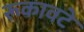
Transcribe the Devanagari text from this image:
रूकावटे